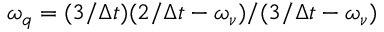
\omega _ { q } = ( 3 / \Delta t ) ( 2 / \Delta t - \omega _ { \nu } ) / ( 3 / \Delta t - \omega _ { \nu } )